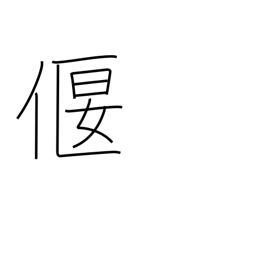
Meaning: weir